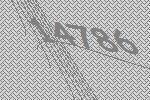
14786